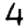
Digit: 4